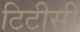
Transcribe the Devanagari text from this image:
टिटीसी